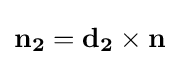
\mathbf {n_{2}} =\mathbf {d_{2}} \times \mathbf {n}